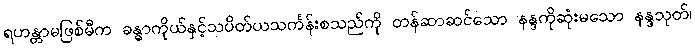
ရဟန္တာမဖြစ်မီက ခန္ဓာကိုယ်နှင့်သပိတ်ယသင်္ကန်းစသည်ကို တန်ဆာဆင်သော နန္ဒကိုဆုံးမသော နန္ဒသုတ်၊